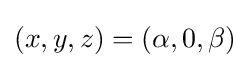
(x,y,z)=(\alpha ,0,\beta )